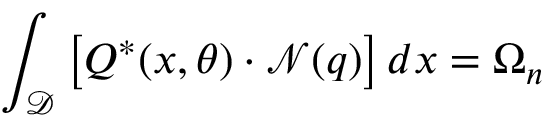
\int _ { \mathcal { D } } \left[ \boldsymbol { Q } ^ { * } ( \boldsymbol { x } , \theta ) \cdot \mathcal { N } ( \boldsymbol { q } ) \right] d \boldsymbol { x } = \Omega _ { n }